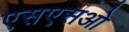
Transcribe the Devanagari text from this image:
एसएसओ